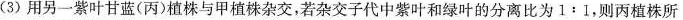
(3)用另一紫叶甘蓝(丙)植株与甲植株杂交，若杂交子代中紫叶和绿叶的分离比为1:1，则丙植株所